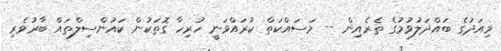
މިއަދުގެ ބައްދަލުވުމުގެ ތެރެއިން -- މަސައްކަތް ކުރައްވަނީ ހުރިހާ ގޮތަކުން ކައުންސިލްތައް ބާރުވެރި